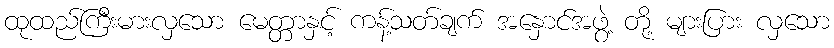
ထုထည်ကြီးမားလှသော မေတ္တာနှင့် ကန့်သတ်ချက် အနှောင်အဖွဲ့ တို့ များပြား လှသော